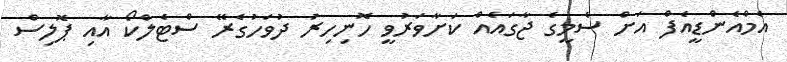
އެމްއެންޑީއެފް އަށް ސެމީގެ ޖާގައެއް ކަށާވަރުވީ ހޮނިހިރު ދުވަހުގެރޭ ސްޓެލްކޯ އާއި ޕޮލިސް